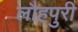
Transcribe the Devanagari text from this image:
लौहपुरी